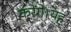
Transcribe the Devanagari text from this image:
करेंगे।यह